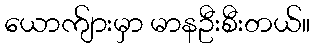
ယောက်ျားမှာ မာနဦးစီးတယ်။